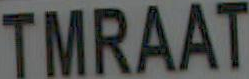
TMRAAT